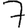
Digit: 7